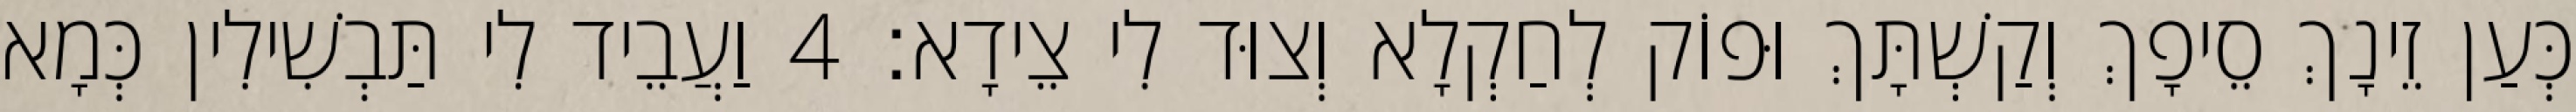
כְּעַן זֵינָךְ סֵיפָךְ וְקַשְׁתָּךְ וּפוֹק לְחַקְלָא וְצוּד לִי צֵידָא׃ 4 וַעֲבֵיד לִי תַּבְשִׁילִין כְּמָא